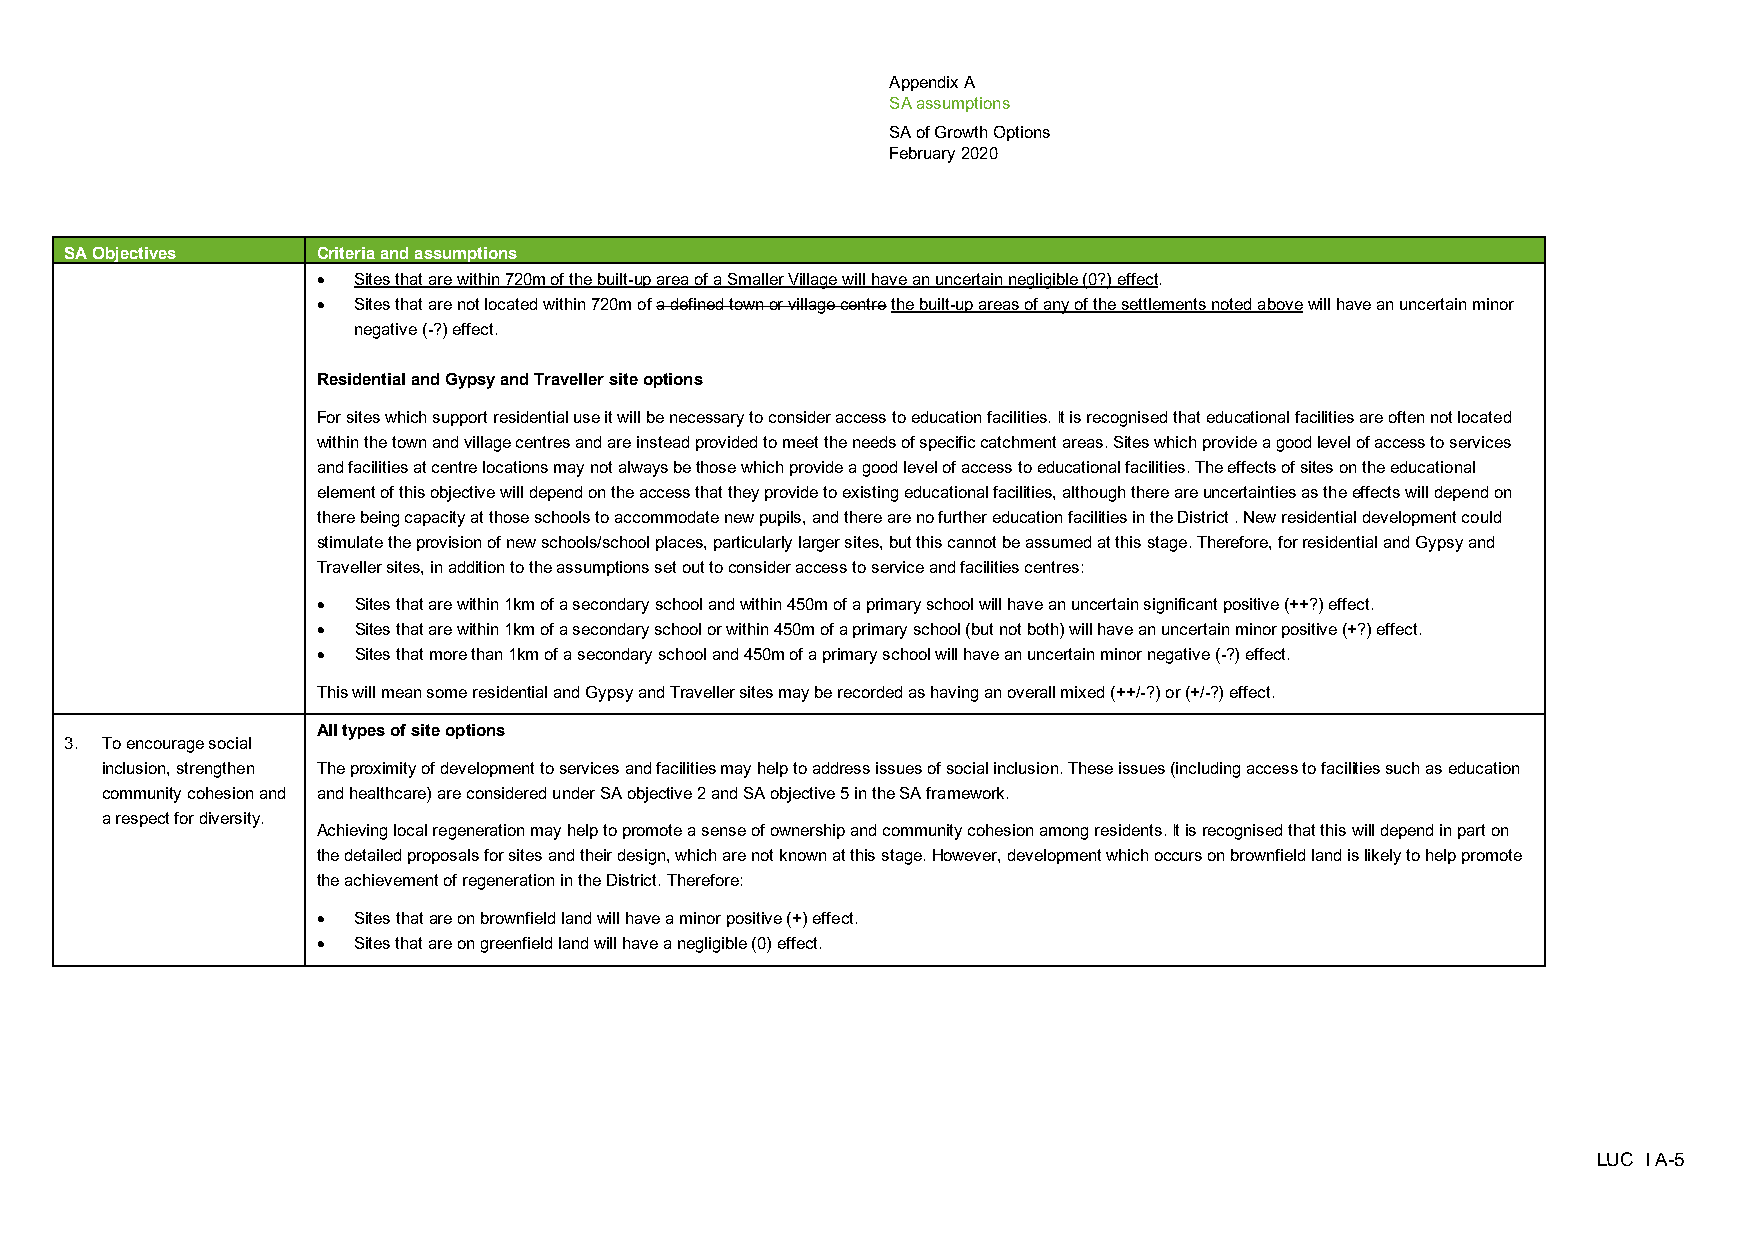
Appendix A
 SA assumptions
 SA of Growth Options
 February 2020
 SA Objectives    Criteria and assumptions
 • Sites that are within 720m of the built-up area of a Smaller Village will have an uncertain negligible (0?) effect.
 • Sites that are not located within 720m of a defined town or village centre the built-up areas of any of the settlements noted above will have an uncertain minor
 negative (-?) effect.
 Residential and Gypsy and Traveller site options
 For sites which support residential use it will be necessary to consider access to education facilities. It is recognised that educational facilities are often not located
 within the town and village centres and are instead provided to meet the needs of specific catchment areas. Sites which provide a good level of access to services
 and facilities at centre locations may not always be those which provide a good level of access to educational facilities. The effects of sites on the educational
 element of this objective will depend on the access that they provide to existing educational facilities, although there are uncertainties as the effects will depend on
 there being capacity at those schools to accommodate new pupils, and there are no further education facilities in the District . New residential development could
 stimulate the provision of new schools/school places, particularly larger sites, but this cannot be assumed at this stage. Therefore, for residential and Gypsy and
 Traveller sites, in addition to the assumptions set out to consider access to service and facilities centres:
 • Sites that are within 1km of a secondary school and within 450m of a primary school will have an uncertain significant positive (++?) effect.
 • Sites that are within 1km of a secondary school or within 450m of a primary school (but not both) will have an uncertain minor positive (+?) effect.
 • Sites that more than 1km of a secondary school and 450m of a primary school will have an uncertain minor negative (-?) effect.
 This will mean some residential and Gypsy and Traveller sites may be recorded as having an overall mixed (++/-?) or (+/-?) effect.
 All types of site options
 3. To encourage social
 inclusion, strengthen The proximity of development to services and facilities may help to address issues of social inclusion. These issues (including access to facilities such as education
 community cohesion and and healthcare) are considered under SA objective 2 and SA objective 5 in the SA framework.
 a respect for diversity.
 Achieving local regeneration may help to promote a sense of ownership and community cohesion among residents. It is recognised that this will depend in part on
 the detailed proposals for sites and their design, which are not known at this stage. However, development which occurs on brownfield land is likely to help promote
 the achievement of regeneration in the District. Therefore:
 • Sites that are on brownfield land will have a minor positive (+) effect.
 • Sites that are on greenfield land will have a negligible (0) effect.
 LUC I A-5